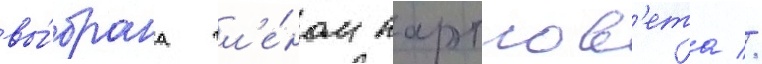
вы́брана чл'е́ном партсов'ета //